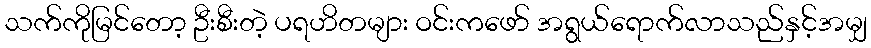
သက်ကိုမြင်တော့ ဦးစီးတဲ့ ပရဟိတများ ဝင်းကဖော် အရွယ်ရောက်လာသည်နှင့်အမျှ